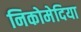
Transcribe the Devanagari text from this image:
निकोमेदिया